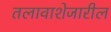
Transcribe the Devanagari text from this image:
तलावाशेजारील